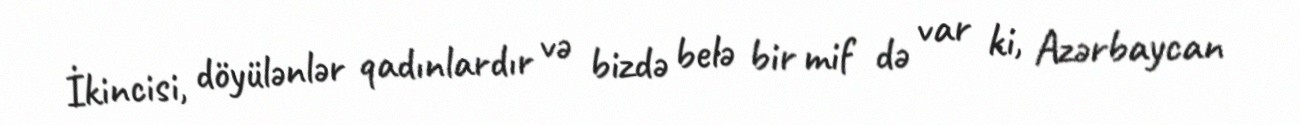
İkincisi, döyülənlər qadınlardır və bizdə belə bir mif də var ki, Azərbaycan